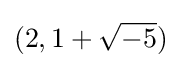
(2,1+{\sqrt {-5}})